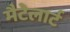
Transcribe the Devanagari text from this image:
मैटेलार्ट